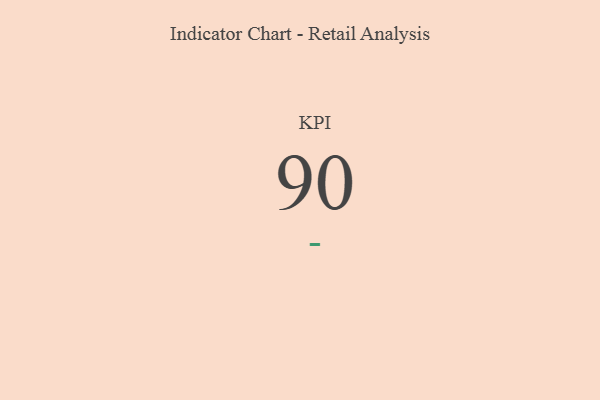
{"axis": {"x": "KPI", "y": "Value"}, "legend": [""], "data": [{"x": "KPI", "y": 90, "type": ""}]}